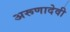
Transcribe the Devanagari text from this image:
अरूणादेवी